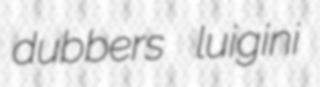
dubbers luigini